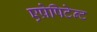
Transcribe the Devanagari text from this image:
एप्रेपिटेन्ट